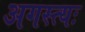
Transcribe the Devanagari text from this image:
अगस्त्यः